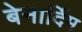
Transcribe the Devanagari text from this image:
बेनार्दिम